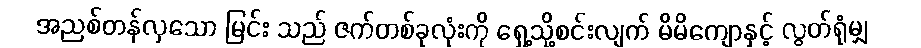
အညစ်တန်လှသော မြင်း သည် ဇက်တစ်ခုလုံးကို ရှေ့သို့စင်းလျက် မိမိကျောနှင့် လွတ်ရုံမျှ